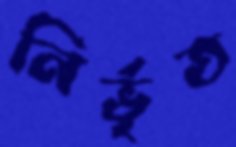
নির্ভৃত